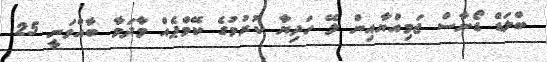
ބްލަޑް ޑޯނާސް ޖަމިއްޔާއިން ލޭ ހަދިޔާ ކުރުމުގެ ކޭމްޕެއް މާދަމާ ބާއްވަނީ 25